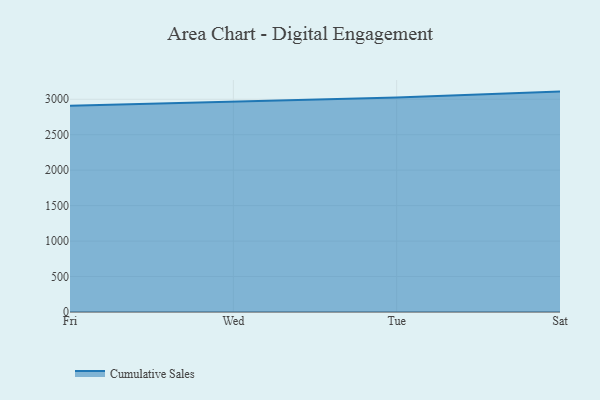
{"axis": {"x": "Day", "y": "Headcount"}, "legend": ["Cumulative Sales"], "data": [{"x": "Fri", "y": 2910.2, "type": "Cumulative Sales"}, {"x": "Wed", "y": 2964.1, "type": "Cumulative Sales"}, {"x": "Tue", "y": 3025.5, "type": "Cumulative Sales"}, {"x": "Sat", "y": 3108.1, "type": "Cumulative Sales"}]}